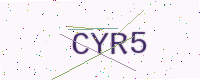
Text: CYR5